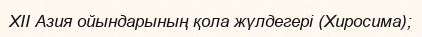
XII Азия ойындарының қола жүлдегері (Хиросима);